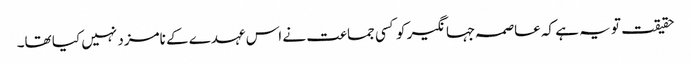
حقیقت تو یہ ہے کہ عاصمہ جہانگیر کو کسی جماعت نے اس عہدے کے نامزد نہیں کیا تھا۔